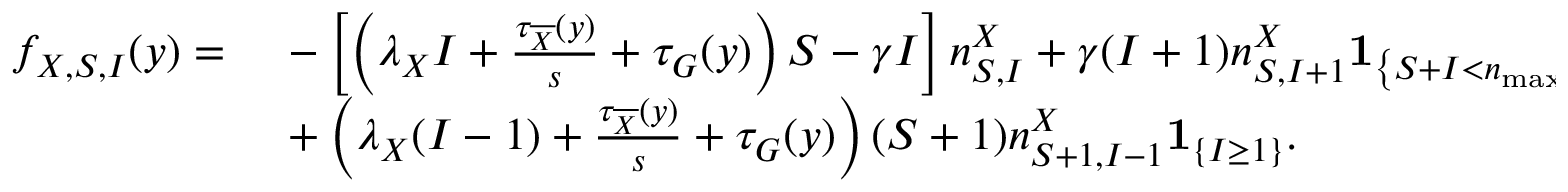
\begin{array} { r l } { f _ { X , S , I } ( y ) = \, } & { { } - \left[ \left( \lambda _ { X } I + \frac { \tau _ { \overline { { X } } } ( y ) } { s } + \tau _ { G } ( y ) \right) S - \gamma I \right] n _ { S , I } ^ { X } + \gamma ( I + 1 ) n _ { S , I + 1 } ^ { X } \mathbf { 1 } _ { \left\{ S + I < n _ { \operatorname* { m a x } } \right\} } } \\ { \, } & { { } + \left( \lambda _ { X } ( I - 1 ) + \frac { \tau _ { \overline { { X } } } ( y ) } { s } + \tau _ { G } ( y ) \right) ( S + 1 ) n _ { S + 1 , I - 1 } ^ { X } \mathbf { 1 } _ { \left\{ I \geq 1 \right\} } . } \end{array}